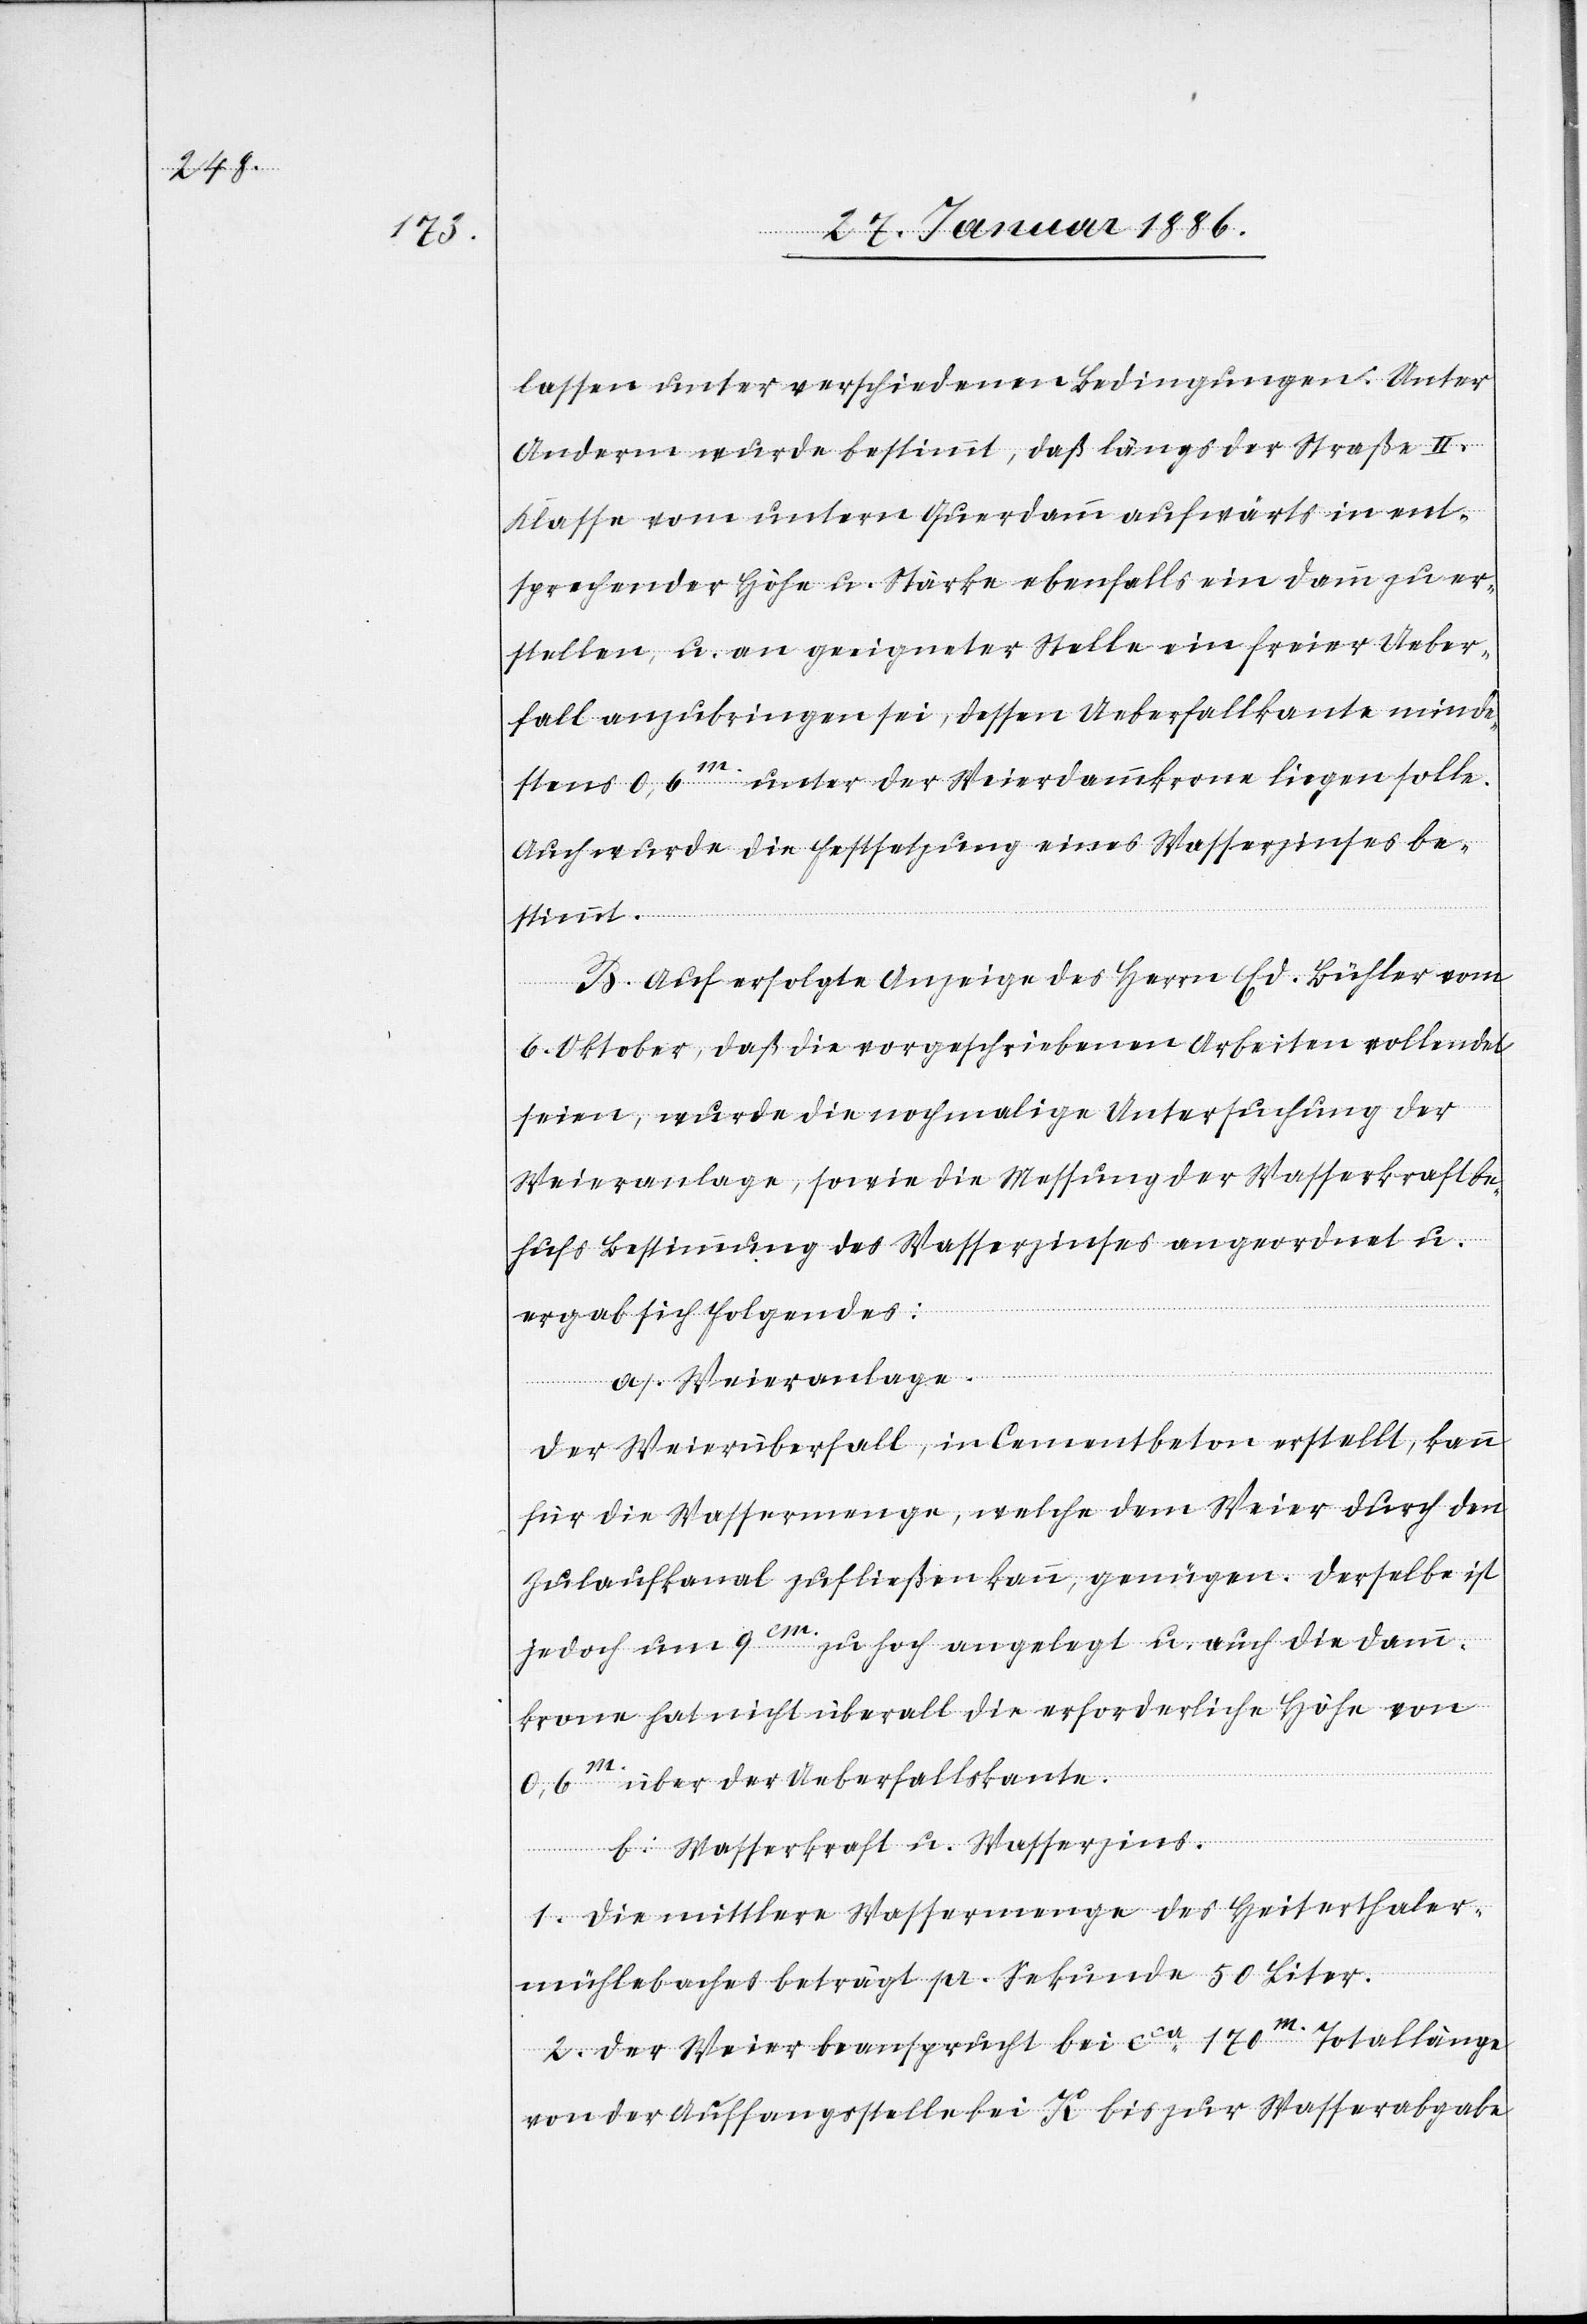
lassen unter verschiedenen Bedingungen. Unter
Anderm wurde bestimmt, daß längs der Straße II.
Klasse vom untern Querdamm aufwärts in ent¬
sprechender Höhe u. Stärke ebenfalls ein Damm zu er¬
stellen, u. an geeigneter Stelle ein freier Ueber¬
fall anzubringen sei, dessen Ueberfallkante minde¬
stens 0,6 m unter de Weierdammkrone liegen solle.
Auch wurde die Festsetzung eines Wasserzinses be¬
stimmt.
B. Auf erfolgte Anzeige des Herrn Ed. Bühler vom
6. Oktober, daß die vorgeschriebenen Arbeiten vollendet
seinen, wurde die nochmalige Untersuchung der
Weieranlage, sowie die Messung der Wasserkraft be¬
hufs Bestimmung des Wasserzinses angeordnet u.
ergab sich folgendes:
a. Weieranlage.
Der Weierüberfall, in Cementbeton erstellt, kann
für die Wassermenge, welche dem Weiser durch den
Zulaufkanal zufließen kann, genügen. Derselbe ist
jedoch um 9 cm zu hoch angelegt u. auch die Damm¬
krone hat nicht überall die erforderliche Höhe von
0,6 m über der Ueberfallkante.
b. Wasserkraft u. Wasserzins.
1. Die mittlere Wassermenge des Heiterthaler¬
mühlebaches beträgt pr. Sekunde 50 Liter.
2. Der Weiser beansprucht bei cca 170 m Totallänge
von der Auffangsstelle bei K bis zur Wasserabgabe